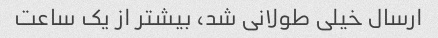
ارسال خیلی طولانی شد، بیشتر از یک ساعت